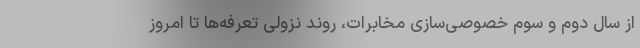
از سال دوم و سوم خصوصی‌سازی مخابرات، روند نزولی تعرفه‌ها تا امروز